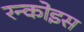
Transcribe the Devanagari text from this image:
रन्कोइस